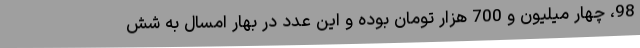
98، چهار میلیون و 700 هزار تومان بوده و این عدد در بهار امسال به شش